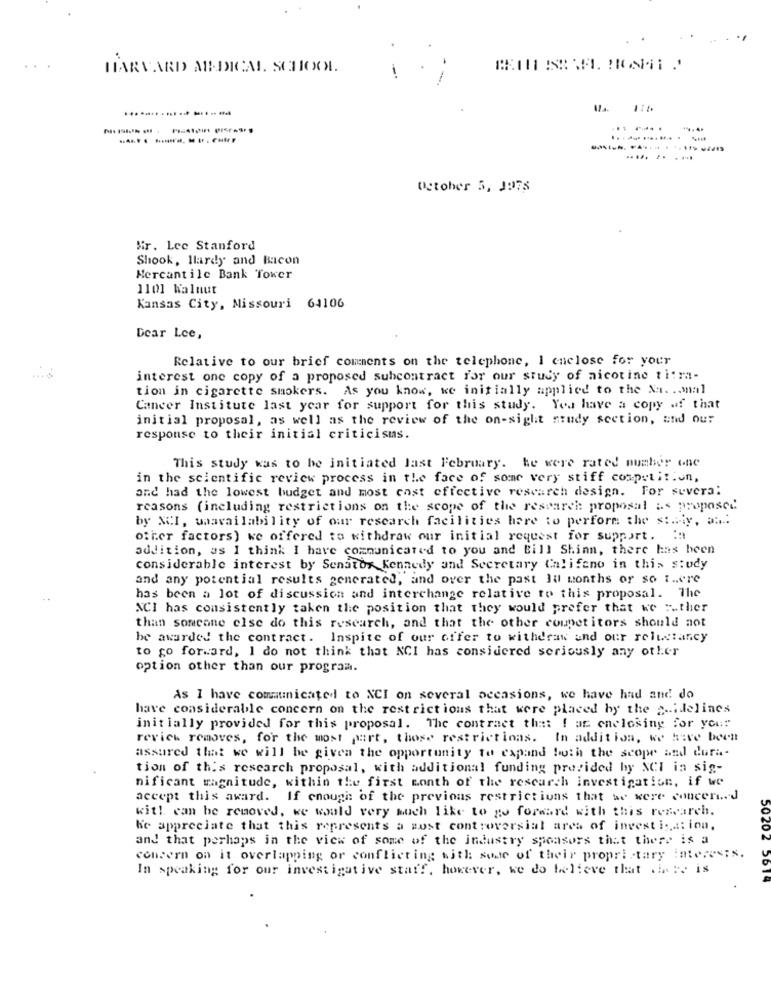
HARVARD AB-DICAL SCHOOL
-
...-..
..... .. .....
October 5, 1975
Mr. Lee Stanford
Shook, llardy and Bacon
Mercantile Bank Tower
1101 Walnut
Kansas City, Missouri 64106
Dear Lee,
Relative to our brief comments on the telephone, I enclose for your
interest one copy of a proposed subcontract for our study of nicotine titra-
tion in cigarette smokers. As you know, ke initially applied to the Na. . onal
Cancer Institute last year for support for this study. You have a copy of that
initial proposal, as well as the review of the on-sight study section, and our
response to their initial criticisms.
This study was to be initiated last February. te were rated number one
in the scientific review process in the face of some very stiff competition,
and had the lowest budget and most cost effective research design. For several
reasons (including restrictions on the scope of the research proposal is proposed
by NCI, waavailability of our research facilities here to perform the st .. iy, a ...
other factors) we offered to withdraw our initial request for support. ia
addition, as I think I have communicated to you and Bill Shinn, there has been
considerable interest by Senator Kennedy and Secretary Califeno in this study
and any potential results generated, and over the past Iu months or so there
has been a lot of discussion and interchange relative to this proposal. The
NCI has consistently taken the position that they would prefer that we ".ther
than someone else do this research, and that the other competitors should not
be awarded the contract. Inspite of our offer to withdraw and our reluctancy
to go forward, I do not think that NCI has considered seriously any other
option other than our program.
As I have communicated to NCI on several occasions, we have had and do
have considerable concern on the restrictions that were placed by the sidelines
initially provided for this proposal. The contract that I am enclosing for your
review removes, for the most part, these restrictions. In addition, we have been
assured that we will be given the opportunity to expand both the scope and dura-
tion of this research proposal, with additional funding provided by NCI in sig-
nificant magnitude, within the first month of the research investigation, if we
accept this award. If enough of the previous restrictions that we were concerned
with can be removed, we would very much like to go forward with this research.
he appreciate that this represents a most controversial area of investigation.
and that perhaps in the view of some of the industry sponsors that there is a
concern on it overlapping or conflicting with some of their proprietary interests.
In speaking for our investigative staff, however, we do believe that .here is
50202 5614